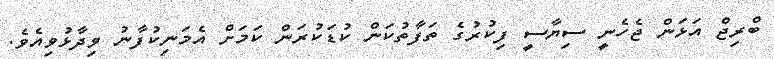
ބްރިޖް އަޅަން ޖެހެނީ ސިޔާސީ ފިކުރުގެ ތަފާތުކަން ކުޑަކުރަން ކަމަށް އެމަނިކުފާނު ވިދާޅުވިއެވެ.